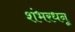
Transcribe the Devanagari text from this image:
शंभरधनू